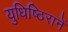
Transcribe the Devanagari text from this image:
युधिष्ठिरानें